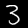
Label: 3